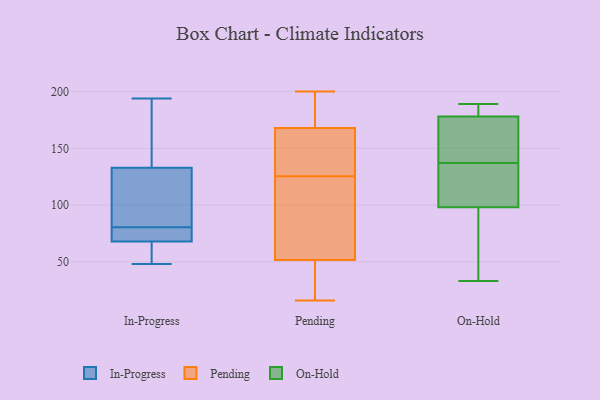
{"axis": {"x": "Population (Million)", "y": "Value"}, "legend": ["In-Progress", "On-Hold", "Pending"], "data": [{"x": "", "y": 102, "type": "In-Progress"}, {"x": "", "y": 165, "type": "In-Progress"}, {"x": "", "y": 48, "type": "In-Progress"}, {"x": "", "y": 133, "type": "In-Progress"}, {"x": "", "y": 189, "type": "In-Progress"}, {"x": "", "y": 77, "type": "In-Progress"}, {"x": "", "y": 194, "type": "In-Progress"}, {"x": "", "y": 68, "type": "In-Progress"}, {"x": "", "y": 91, "type": "In-Progress"}, {"x": "", "y": 82, "type": "In-Progress"}, {"x": "", "y": 79, "type": "In-Progress"}, {"x": "", "y": 78, "type": "In-Progress"}, {"x": "", "y": 51, "type": "In-Progress"}, {"x": "", "y": 66, "type": "In-Progress"}, {"x": "", "y": 59, "type": "Pending"}, {"x": "", "y": 198, "type": "Pending"}, {"x": "", "y": 167, "type": "Pending"}, {"x": "", "y": 157, "type": "Pending"}, {"x": "", "y": 41, "type": "Pending"}, {"x": "", "y": 54, "type": "Pending"}, {"x": "", "y": 169, "type": "Pending"}, {"x": "", "y": 109, "type": "Pending"}, {"x": "", "y": 142, "type": "Pending"}, {"x": "", "y": 49, "type": "Pending"}, {"x": "", "y": 40, "type": "Pending"}, {"x": "", "y": 71, "type": "Pending"}, {"x": "", "y": 16, "type": "Pending"}, {"x": "", "y": 200, "type": "Pending"}, {"x": "", "y": 175, "type": "Pending"}, {"x": "", "y": 148, "type": "Pending"}, {"x": "", "y": 189, "type": "On-Hold"}, {"x": "", "y": 101, "type": "On-Hold"}, {"x": "", "y": 98, "type": "On-Hold"}, {"x": "", "y": 33, "type": "On-Hold"}, {"x": "", "y": 183, "type": "On-Hold"}, {"x": "", "y": 126, "type": "On-Hold"}, {"x": "", "y": 171, "type": "On-Hold"}, {"x": "", "y": 139, "type": "On-Hold"}, {"x": "", "y": 74, "type": "On-Hold"}, {"x": "", "y": 136, "type": "On-Hold"}, {"x": "", "y": 90, "type": "On-Hold"}, {"x": "", "y": 178, "type": "On-Hold"}, {"x": "", "y": 179, "type": "On-Hold"}, {"x": "", "y": 138, "type": "On-Hold"}]}